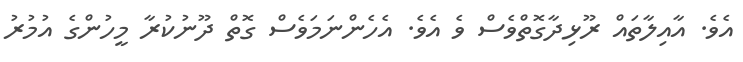
އެވެ. އާއިލާތައް ރޫޅިދާގޮތްވެސް ވެ އެވެ. އެހެންނަމަވެސް ގޮތް ދޫނުކުރާ މީހުންގެ އުމުރު